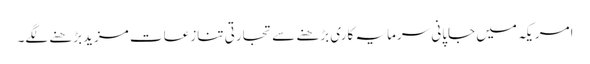
امریکہ میں جاپانی سرمایہ کاری بڑھنے سے تجارتی تنازعات مزیدبڑھنے لگے۔